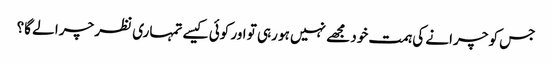
جس کو چرانے کی ہمت خود مجھے نہیں ہو رہی تو اور کوئی کیسے تمہاری نظر چرا لے گا؟